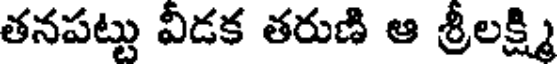
తనపట్టు వీడక తరుణి ఆ శ్రీలక్ష్మి